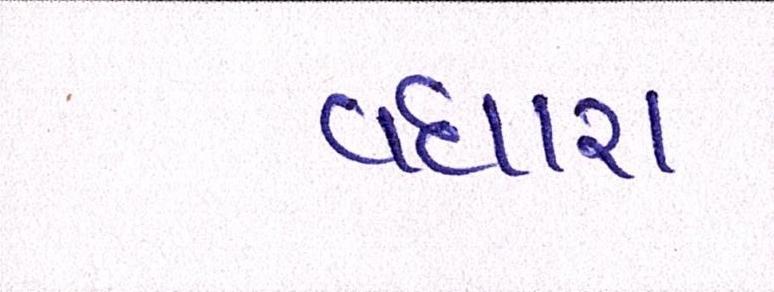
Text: વધારા